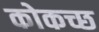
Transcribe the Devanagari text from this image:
कोकच्छ